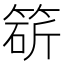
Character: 𥯩